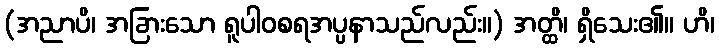
(အညာပိ၊ အခြားသော ရူပါဝစရအပ္ပနာသည်လည်း။) အတ္ထိ၊ ရှိသေး၏။ ဟိ၊